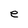
Character: e